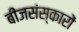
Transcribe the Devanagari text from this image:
बीजसंस्कारों